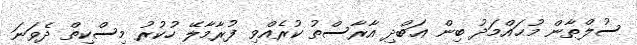
ސުލްޠާން މުޙައްމަދު ބިން ޢަބްދި އާރާސްތު ކުރެއްވި ފުރާމާލޭ ހުކުރު މިސްކިތް ދެވަނަ